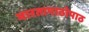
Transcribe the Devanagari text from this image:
भारतापाठोपाठ